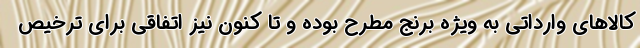
کالاهای وارداتی به ویژه برنج مطرح بوده و تا کنون نیز اتفاقی برای ترخیص